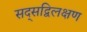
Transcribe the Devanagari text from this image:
सद्सद्विलक्षण